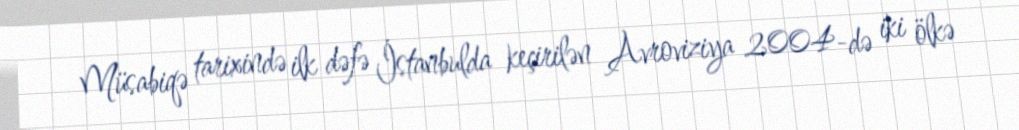
Müsabiqə tarixində ilk dəfə İstanbulda keçirilən Avroviziya 2004-də iki ölkə